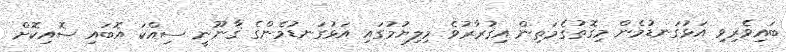
ބައިވެރިވި އަޅުގަނޑުމެން މިޤޮތުގެމަތިން އިޤުރާރުވެ މިލިޔުމުގައި އަޅުގަނޑުމެންގެ ޤާނޫނީ ސިއްކަ އޮބައި ސޮއިކޮށް